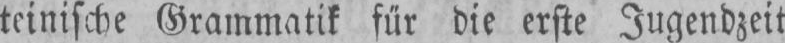
teinische Grammatik für die erste Jugendzeit